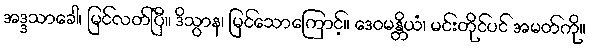
အဒ္ဒသာခေါ၊ မြင်လတ်ပြီ။ ဒိသွာန၊ မြင်သောကြောင့်။ ဒေဝမန္တိယံ၊ မင်းတိုင်ပင် အမတ်ကို။